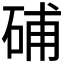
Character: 𥒰